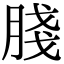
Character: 䏼